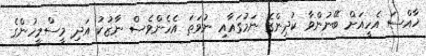
ޚާއްސަ އެހީއަށް ބޭނުންވާ ކުދިންގެ ނަމުގައާއި ނުވަތަ އެހެންވެސް ނާޒުކު އަދި މީސްމީހުންގެ